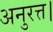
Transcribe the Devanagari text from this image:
अनुरत्त।